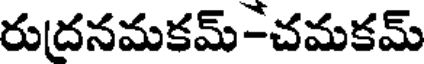
రుదనమకమ్-చమకమ్